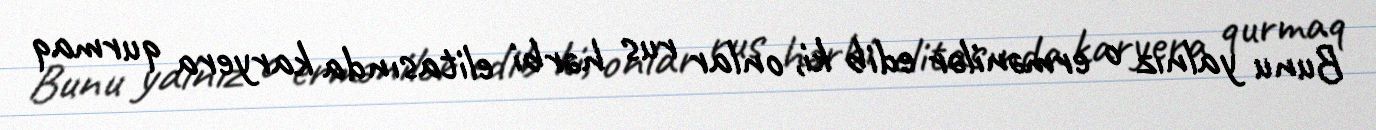
Bunu yalnız o ermənilər edib ki, onlar rus hərbi elitasında karyera qurmaq